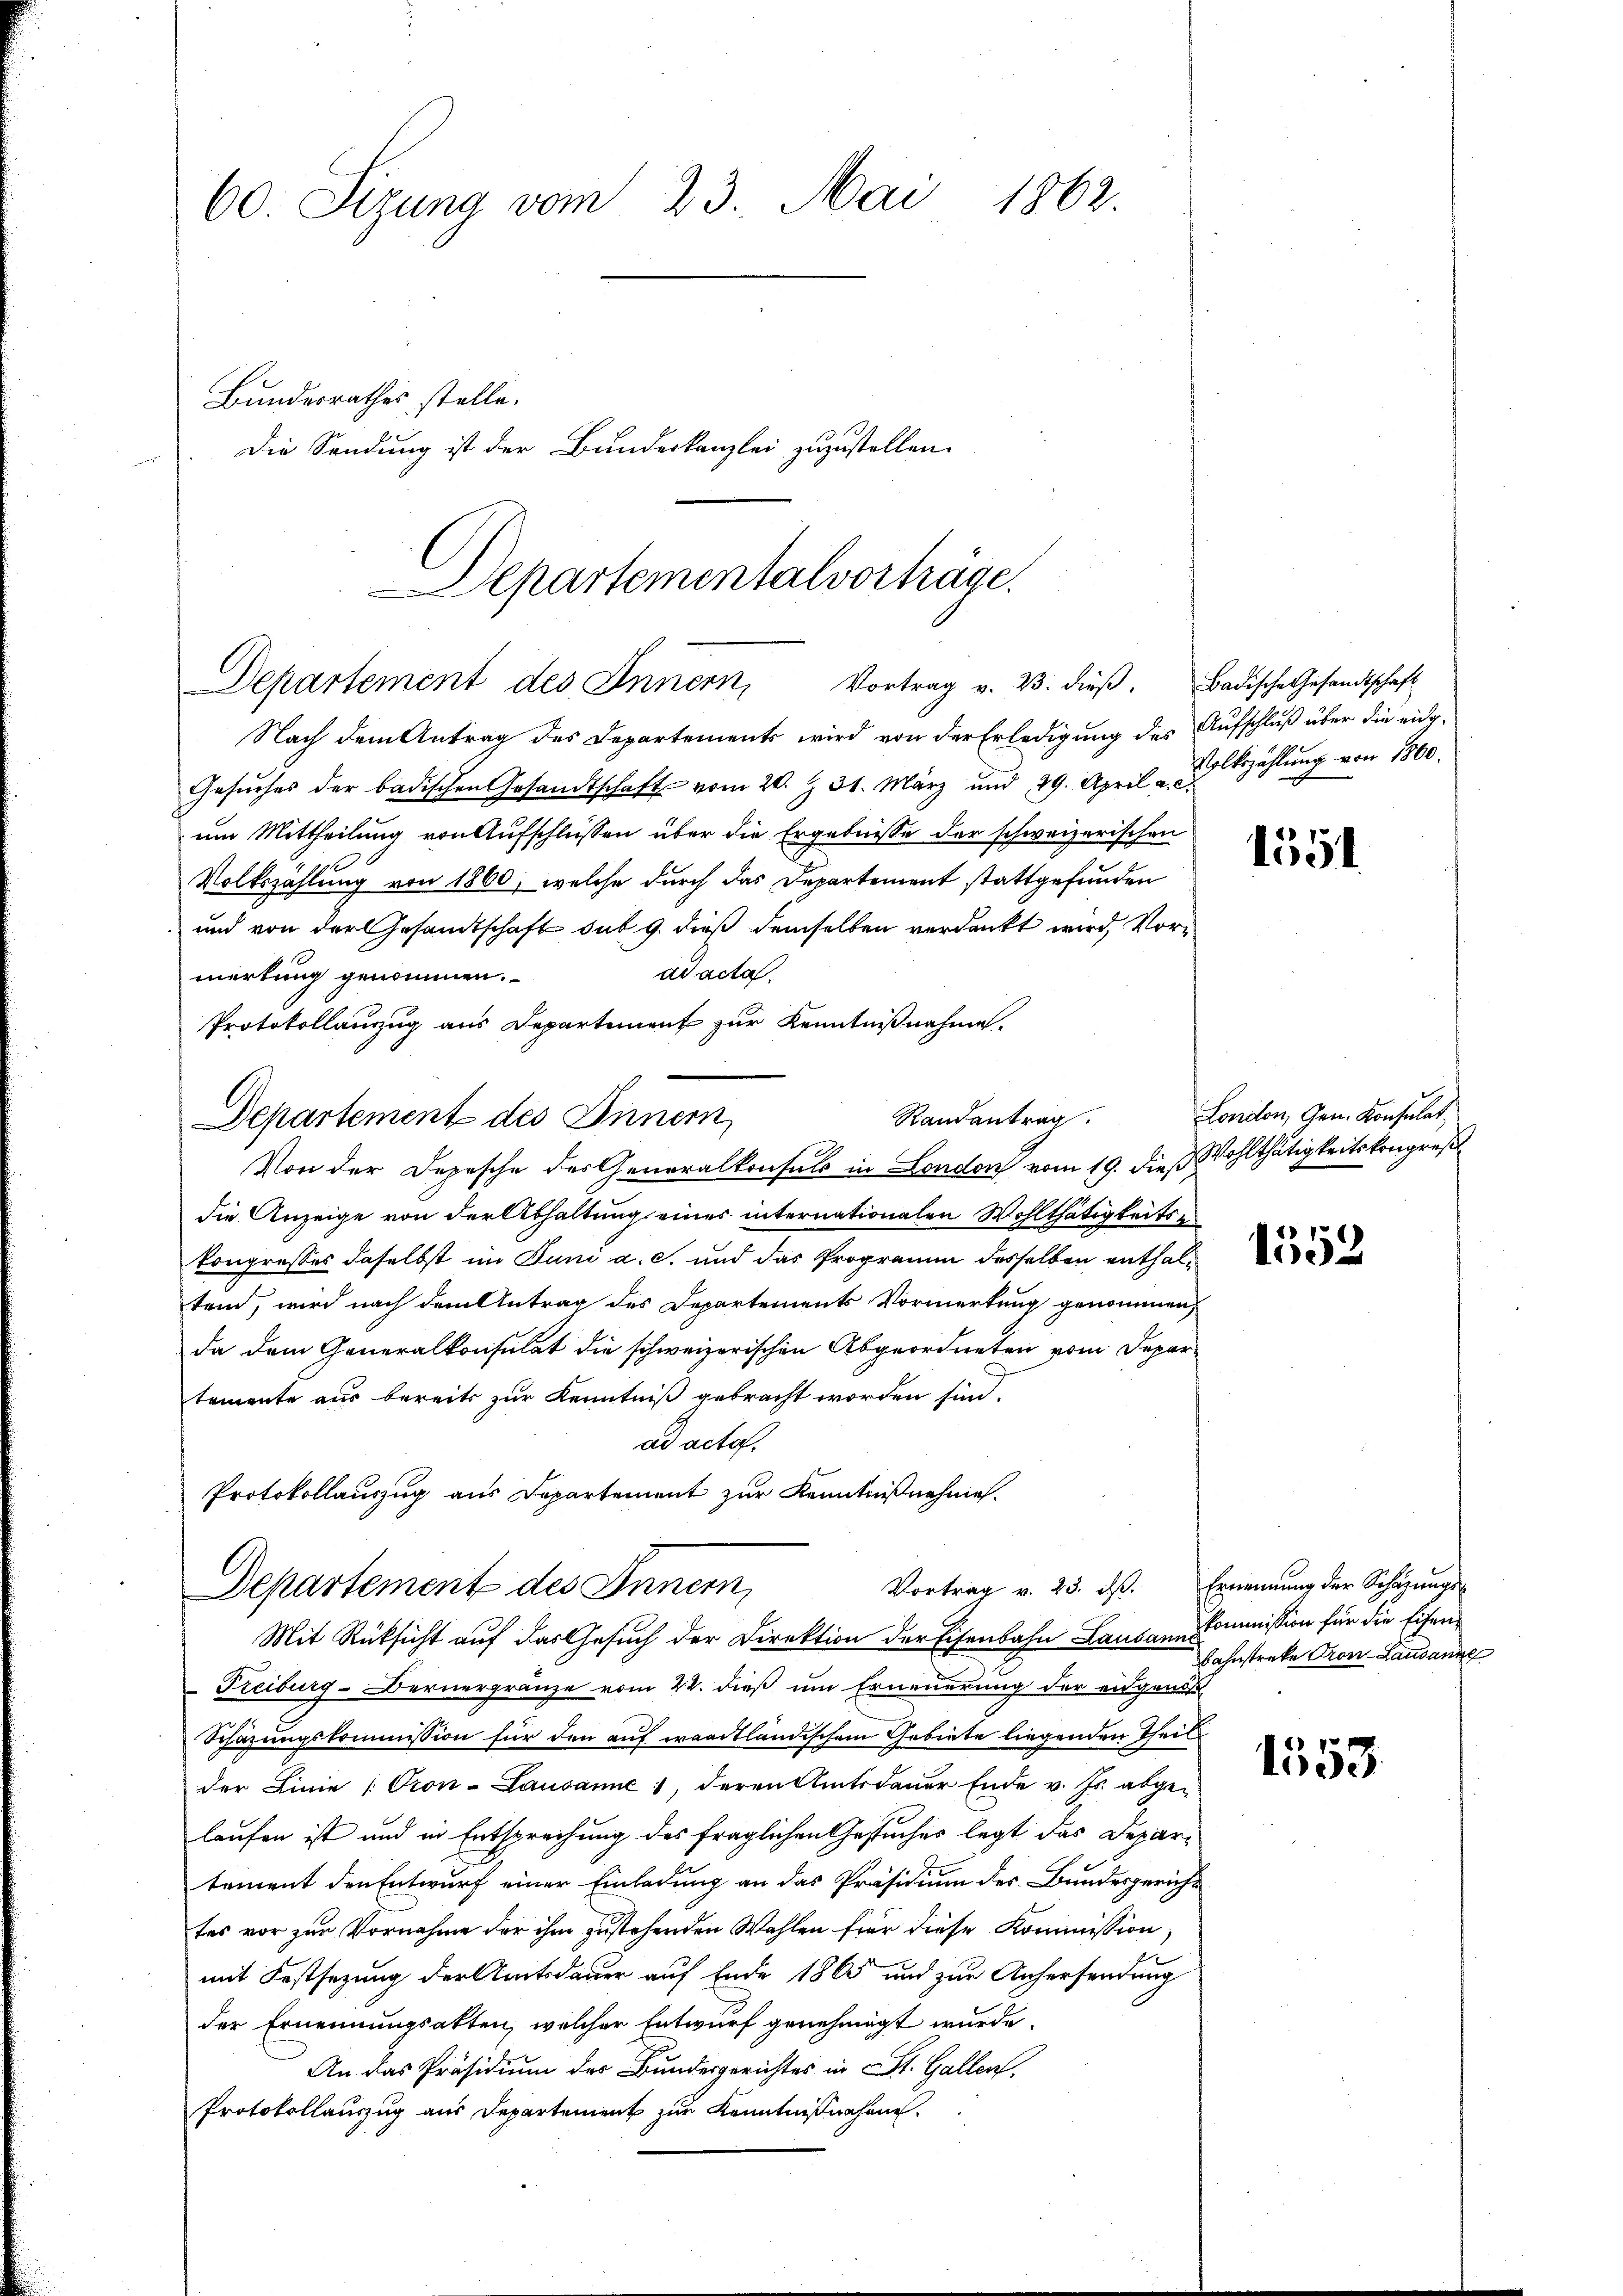
60. Sizung vom 23. Mai 1862.
Bundesrathes stelle.
Die Sendung ist der Bundeskanzlei zuzustellen.

Departementalvorträge.
Departement des Innern, Vortrag v. 23. dieβ. Badische Gesandtschaft

Nach dem Antrag des Departements wird von der Erledigung des
Gesŭches der badischen Gesandtschaft vom 20. Z. 31. März und 29. April "  Erzählŭng von 1800.
um Mittheilung von Aufschlüssen über die Ergebnisse der schweizerischen
Volkszählung von 1860, welche durch das Departement stattgefunden
und von der Gesandtschaft sub 9. dieß demselben verdankt wird, Vorad acta.
merkung genommen.
Protokollanzug aus Departement zur Kenntnißnahme.
Von der Depesche des Generalkonsuls in London vom 19. dieß Wohlthätigkeitskongres
die Anzeige von der Abhaltung eines internationalen Wohlthätigkeits en
kongresses daselbst im Juni a. c. und das Programm desselben enthaltend, wird nach dem Antrag des Departements Vormerkung genommen,
da dem Generalkonsulat die schweizerischen Abgeordneten vom Departemente aus bereits zur Kenntniß gebracht worden sind.
ad acta.
Protokollauszug aus Departement zur Kenntnißnahme.
Departement des Innern,
Vortrag v. 23. ds.
Mit Rücksicht auf das Gesuch der Direktion der Eisenbahn Lausanne
Freiburg-Bernergränze vom 22. dieß um Erneuerung der eidgenös
Schätzungskommission für den auf waadtländischem Gebiete liegenden Theil
der Linie [Pron-Lausanne, deren Amtsdaŭer Ende v. Js. abge-
laufen ist und in Entsprechung des fraglichen Gesuches legt das Departement den Entwurf einer Einladung an das Präsidium des Bundesgericht
tes vor zur Vornahme der ihm zustehenden Wahlen für diese Kommission,
mit Festsezung der Amtsdauer auf Ende 1865 und zur Anhersendung
der Ernennungsakten, welcher Entwurf genehmigt wurde.
An das Präsidium des Bundesgerichtes in St. Gallen.
Protokollauszug aus Departement zur Kenntnißnahme.

Departement des Innern,

Randantrag.

Aufschluß über die eidg.

1551

London, Gen. Konsulat,

1552

Ernennung der Schazungs-
kommission für die Eisen¬
Bahnstreke Pron-Lausanne

1553